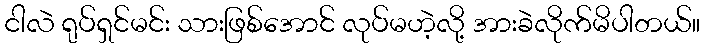
ငါလဲ ရုပ်ရှင်မင်း သားဖြစ်အောင် လုပ်မဟဲ့လို့ အားခဲလိုက်မိပါတယ်။